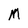
Character: M